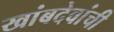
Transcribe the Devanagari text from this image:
खांबदेवांची